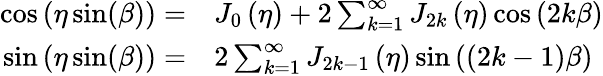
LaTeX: \begin{array}{rl}{\cos\left(\eta\sin(\beta)\right)=}&{{}J_{0}\left(\eta\right)+2\sum_{k=1}^{\infty}J_{2k}\left(\eta\right)\cos\left(2k\beta\right)}\\ {\sin\left(\eta\sin(\beta)\right)=}&{{}2\sum_{k=1}^{\infty}J_{2k-1}\left(\eta\right)\sin\left((2k-1)\beta\right)}\end{array}